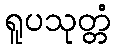
ရူပသုတ္တံ